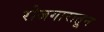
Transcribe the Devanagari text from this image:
रोजगारातून